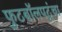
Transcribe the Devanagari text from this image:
फुटबॉलपटूंचा